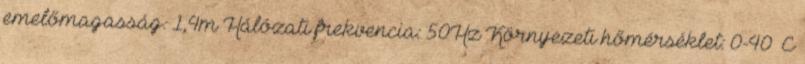
emelőmagasság: 1,4m Hálózati frekvencia: 50Hz Környezeti hőmérséklet: 0-40 °C